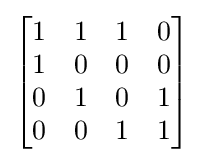
{\begin{bmatrix}1&1&1&0\\1&0&0&0\\0&1&0&1\\0&0&1&1\\\end{bmatrix}}